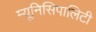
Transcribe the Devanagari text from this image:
म्यूनिसिपालिटी